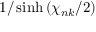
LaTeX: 1 / \sinh { ( \chi _ { n k } / 2 ) }